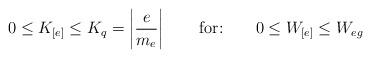
LaTeX: \begin{align*}0\leq K_{[e]}\leq K_{q}=\left|\frac{e}{m_{e}}\right| \qquad\mbox{for:}\qquad 0\leq W_{[e]}\leq W_{eg}\end{align*}